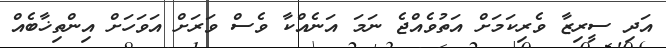
އަދިި ސީރިޒާ ވެރިކަމަށް އަތުވެއްޖެ ނަމަ އަނެއްކާ ވެސް ވަރަށް އަވަހަށް އިންތިޚާބެއް